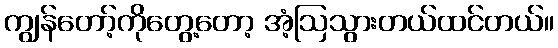
ကျွန်တော့်ကိုတွေ့တော့ အံ့ဩသွားတယ်ထင်တယ်။